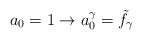
\begin{align*}a_0 = 1 \rightarrow a_{0}^{\gamma} = {\tilde f}_{\gamma}\end{align*}